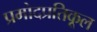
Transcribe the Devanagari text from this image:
प्रमोदप्रतिकूल